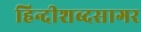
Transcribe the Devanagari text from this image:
हिन्दीशब्दसागर